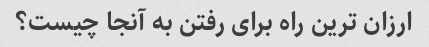
ارزان ترین راه برای رفتن به آنجا چیست؟